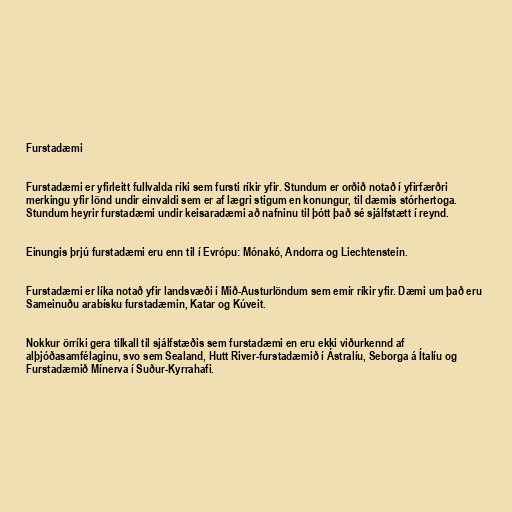
Furstadæmi

Furstadæmi er yfirleitt fullvalda ríki sem fursti ríkir yfir. Stundum er orðið notað í yfirfærðri
merkingu yfir lönd undir einvaldi sem er af lægri stigum en konungur, til dæmis stórhertoga.
Stundum heyrir furstadæmi undir keisaradæmi að nafninu til þótt það sé sjálfstætt í reynd.

Einungis þrjú furstadæmi eru enn til í Evrópu: Mónakó, Andorra og Liechtenstein.

Furstadæmi er líka notað yfir landsvæði í Mið-Austurlöndum sem emír ríkir yfir. Dæmi um það eru
Sameinuðu arabísku furstadæmin, Katar og Kúveit.

Nokkur örríki gera tilkall til sjálfstæðis sem furstadæmi en eru ekki viðurkennd af
alþjóðasamfélaginu, svo sem Sealand, Hutt River-furstadæmið í Ástralíu, Seborga á Ítalíu og
Furstadæmið Mínerva í Suður-Kyrrahafi.